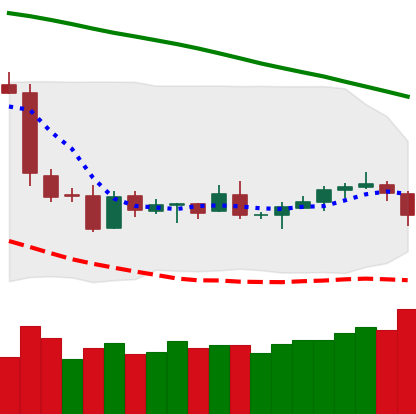
Ticker: LTC-USD
Chart end date: 2019-01-28
Forward return: 10.243%
Label: up_7plus